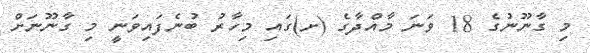
މި ގާނޫނުގެ 18 ވަނަ މާއްދާގެ (ށ)ގައި މިހާރު ބުނެފައިވަނީ މި ގާނޫނަށް